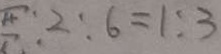
: 2 : 6 = 1 : 3